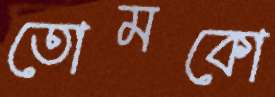
তোমকো